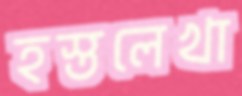
হস্তলেখা